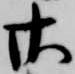
廿